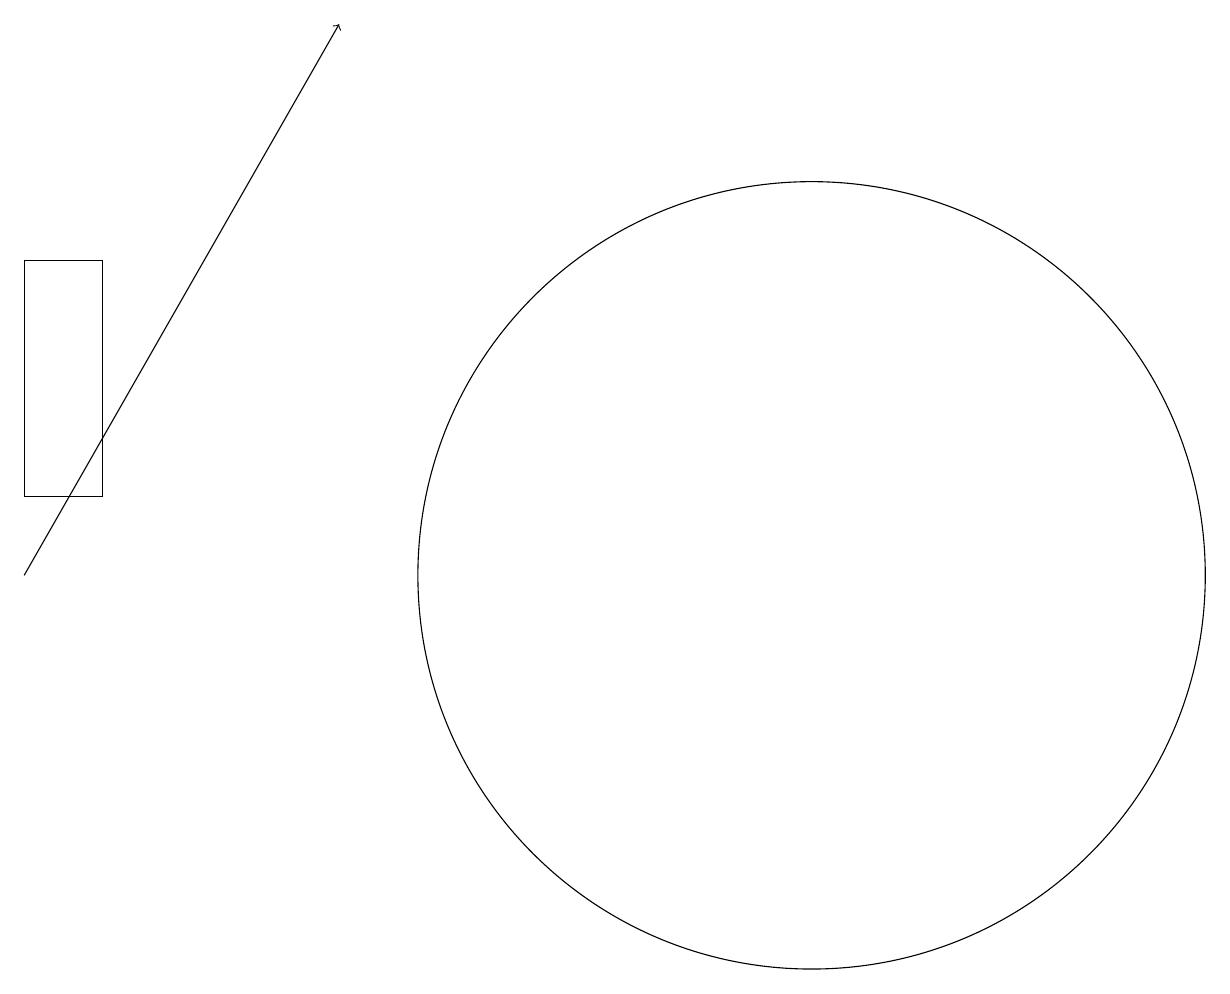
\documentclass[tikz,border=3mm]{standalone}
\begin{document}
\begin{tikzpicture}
\draw (10,10) circle (0);
\draw (2,11) rectangle (1,14);
\draw (11,10) circle (5);
\draw[->] (1,10) -- (5,17);
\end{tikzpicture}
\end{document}